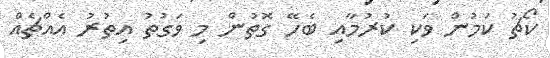
ކޯޗު ކަމުން ވަކި ކުރުމާއި ބެހޭ ގޮތުން މި ވަގުތު އިތުރު އެއްޗެއް